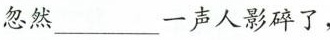
忽然___一声人影碎了，